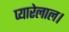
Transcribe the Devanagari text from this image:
प्यारेलाल।